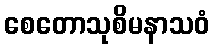
စေတောသုစိမနာသဝံ